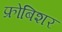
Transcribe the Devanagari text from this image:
फ्रोबिशर